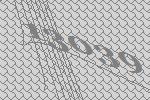
13039